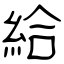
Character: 給